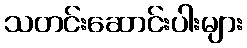
သတင်းဆောင်းပါးများ